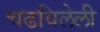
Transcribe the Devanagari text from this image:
चढविलेली